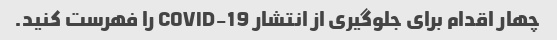
چهار اقدام برای جلوگیری از انتشار COVID-19 را فهرست کنید.